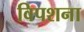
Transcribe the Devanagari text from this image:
विपशना